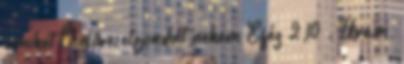
amiket Ő előre elgondolt nekem Eféz 2,10 . Uram,